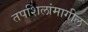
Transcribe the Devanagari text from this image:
तपशिलांमागील